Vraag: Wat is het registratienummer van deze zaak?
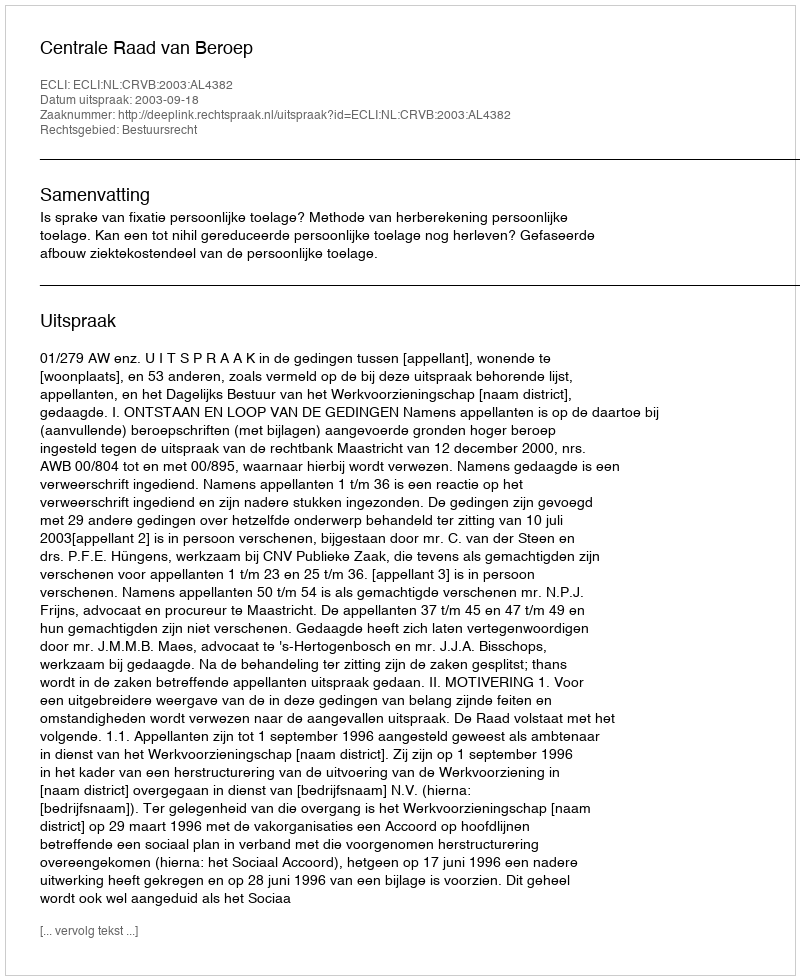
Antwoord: http://deeplink.rechtspraak.nl/uitspraak?id=ECLI:NL:CRVB:2003:AL4382